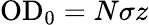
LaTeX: \mathrm{{OD_{0}}}=N\sigma z